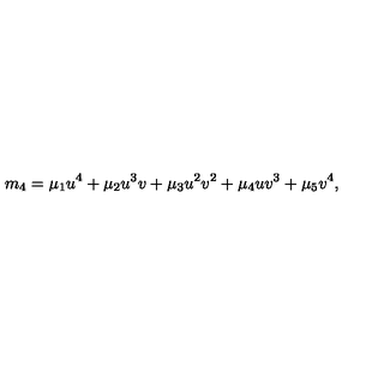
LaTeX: m _ { 4 } = \mu _ { 1 } u ^ { 4 } + \mu _ { 2 } u ^ { 3 } v + \mu _ { 3 } u ^ { 2 } v ^ { 2 } + \mu _ { 4 } u v ^ { 3 } + \mu _ { 5 } v ^ { 4 } ,